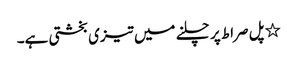
٭ پل صراط پر چلنے میں تیزی بخشتی ہے۔